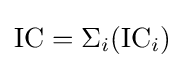
\mathrm {IC} =\Sigma _{i}(\mathrm {IC} _{i})